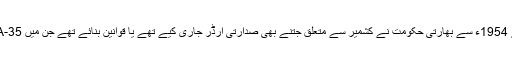
بھارت کے اس فیصلے سے 1954ء سے بھارتی حکومت نے کشمیر سے متعلق جتنے بھی صدارتی آرڈر جاری کیے تھے یا قوانین بنائے تھے جن میں 35-Aبھی شامل تھی، ختم ہوگئی۔